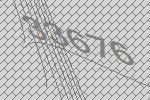
33676